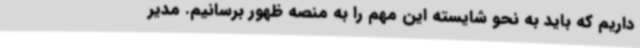
داریم که باید به نحو شایسته این مهم را به منصه ظهور برسانیم. مدیر